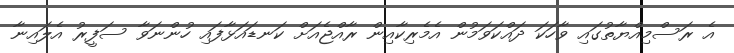
އެ ރަސްމިއްޔާތުގައި ވާހަކަ ދައްކަވަމުން އެމެރިކާއިން ރާއްޖެއަށް ކަނޑައަޅާފައި ހުންނަވާ ސަފީރު އެލައިނާ